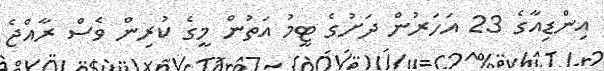
އިންޑިއާގެ 23 އަހަރުން ދަށުގެ ޓީމު އަތުން މީގެ ކުރިން ވެސް ރާއްޖެ